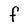
Character: F